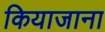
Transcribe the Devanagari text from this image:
कियाजाना